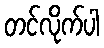
တင်လိုက်ပါ